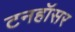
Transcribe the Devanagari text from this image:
टनहॉसर